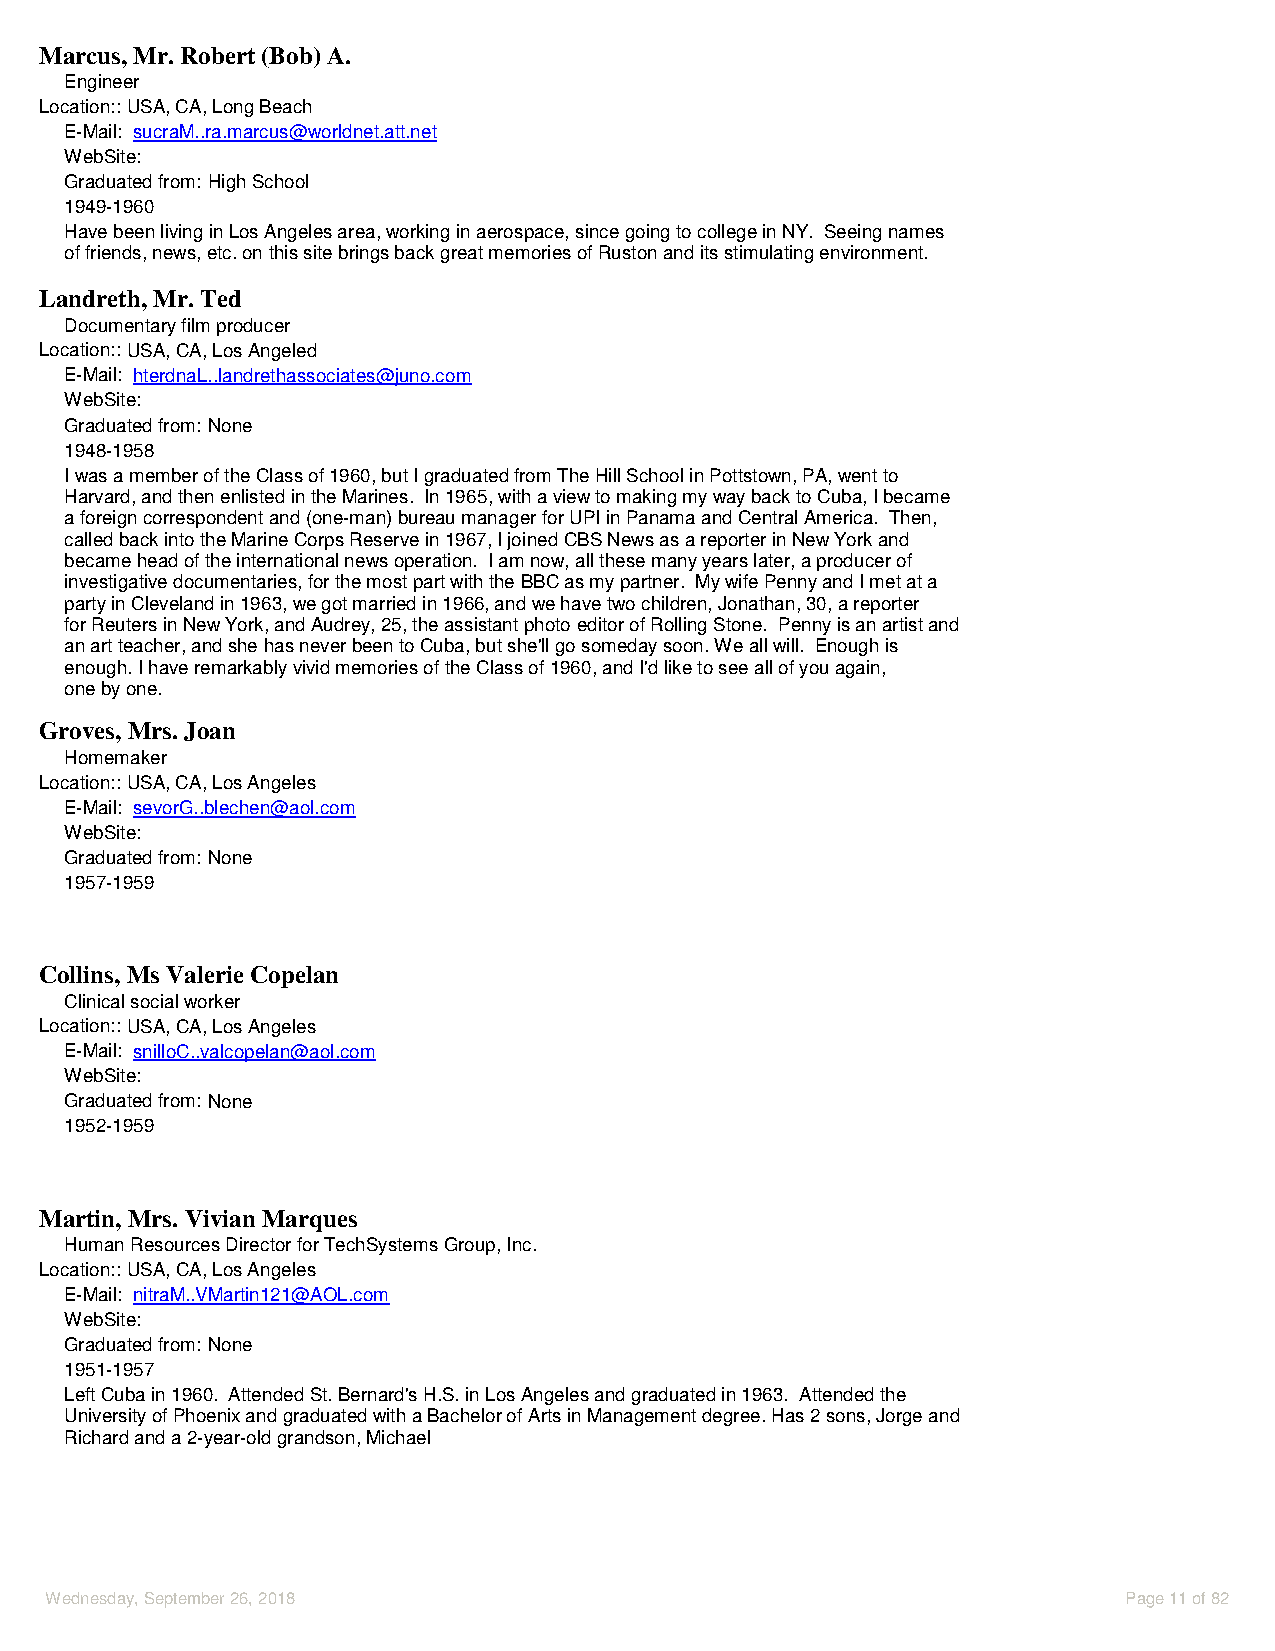
Marcus, Mr. Robert (Bob) A.
 Engineer
 Location::USA, CA, Long Beach
 E-Mail: sucraM..ra.marcus@worldnet.att.net
 WebSite:
 Graduated from: High School
 1949-1960
 Have been living in Los Angeles area, working in aerospace, since going to college in NY. Seeing names
 of friends, news, etc. on this site brings back great memories of Ruston and its stimulating environment.
 Landreth, Mr. Ted
 Documentary film producer
 Location::USA, CA, Los Angeled
 E-Mail: hterdnaL..landrethassociates@juno.com
 WebSite:
 Graduated from: None
 1948-1958
 I was a member of the Class of 1960, but I graduated from The Hill School in Pottstown, PA, went to
 Harvard, and then enlisted in the Marines. In 1965, with a view to making my way back to Cuba, I became
 a foreign correspondent and (one-man) bureau manager for UPI in Panama and Central America. Then,
 called back into the Marine Corps Reserve in 1967, I joined CBS News as a reporter in New York and
 became head of the international news operation. I am now, all these many years later, a producer of
 investigative documentaries, for the most part with the BBC as my partner. My wife Penny and I met at a
 party in Cleveland in 1963, we got married in 1966, and we have two children, Jonathan, 30, a reporter
 for Reuters in New York, and Audrey, 25, the assistant photo editor of Rolling Stone. Penny is an artist and
 an art teacher, and she has never been to Cuba, but she'll go someday soon. We all will. Enough is
 enough. I have remarkably vivid memories of the Class of 1960, and I'd like to see all of you again,
 one by one.
 Groves, Mrs. Joan
 Homemaker
 Location::USA, CA, Los Angeles
 E-Mail: sevorG..blechen@aol.com
 WebSite:
 Graduated from: None
 1957-1959
 Collins, Ms Valerie Copelan
 Clinical social worker
 Location::USA, CA, Los Angeles
 E-Mail: snilloC..valcopelan@aol.com
 WebSite:
 Graduated from: None
 1952-1959
 Martin, Mrs. Vivian Marques
 Human Resources Director for TechSystems Group, Inc.
 Location::USA, CA, Los Angeles
 E-Mail: nitraM..VMartin121@AOL.com
 WebSite:
 Graduated from: None
 1951-1957
 Left Cuba in 1960. Attended St. Bernard's H.S. in Los Angeles and graduated in 1963. Attended the
 University of Phoenix and graduated with a Bachelor of Arts in Management degree. Has 2 sons, Jorge and
 Richard and a 2-year-old grandson, Michael
 Wednesday, September 26, 2018                                           Page 11 of 82